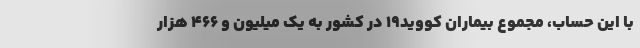
با این حساب، مجموع بیماران کووید۱۹ در کشور به یک میلیون و ۴۶۶ هزار